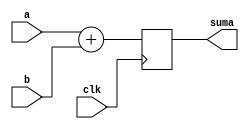
// Suma las entradas de N bits y salida con N+1 bits
module adder #(parameter N = 1)(input clk,
                                input [N-1:0] a,
                                input [N-1:0] b,
                                output reg [N:0] suma
    );

wire [N:0]suma_previa;
// Se suman las entradas y la salida ya contiene un bit extra para que no sature
  assign suma_previa = a + b;
  
  always@(posedge clk)
  begin
  suma <= suma_previa;
  end

endmodule